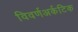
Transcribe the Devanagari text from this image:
विवर्णअर्कटिक